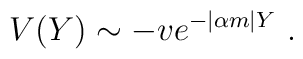
V(Y) \sim -v e^{-|\alpha m| Y} \ .